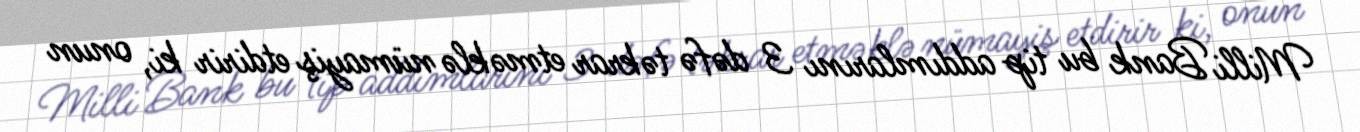
Milli Bank bu tip addımlarını 3 dəfə təkrar etməklə nümayiş etdirir ki, onun